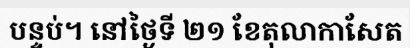
បន្ទប់។ នៅថ្ងៃទី ២១ ខែតុលាកាសែត